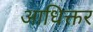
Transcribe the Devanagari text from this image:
आधिक्तर